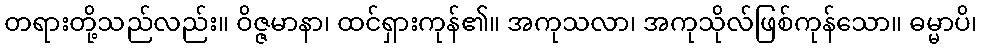
တရားတို့သည်လည်း။ ဝိဇ္ဇမာနာ၊ ထင်ရှားကုန်၏။ အကုသလာ၊ အကုသိုလ်ဖြစ်ကုန်သော။ ဓမ္မာပိ၊